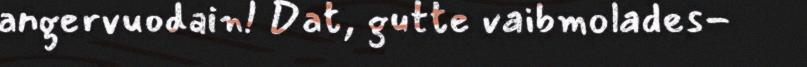
angervuodain! Dat, gutte vaibmolades-